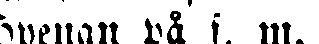
Hyenan på f. m.